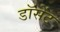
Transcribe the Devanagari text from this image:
डॉसेंट